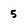
Character: 5